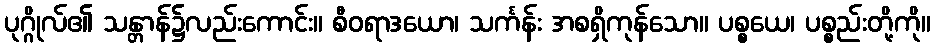
ပုဂ္ဂိုလ်၏ သန္တာန်၌လည်းကောင်း။ စီဝရာဒယော၊ သင်္ကန်း အစရှိကုန်သော။ ပစ္စယေ၊ ပစ္စည်းတို့ကို။